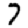
Digit: 7